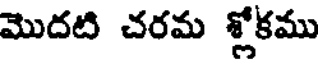
మొదటి చరమ శ్లోకము